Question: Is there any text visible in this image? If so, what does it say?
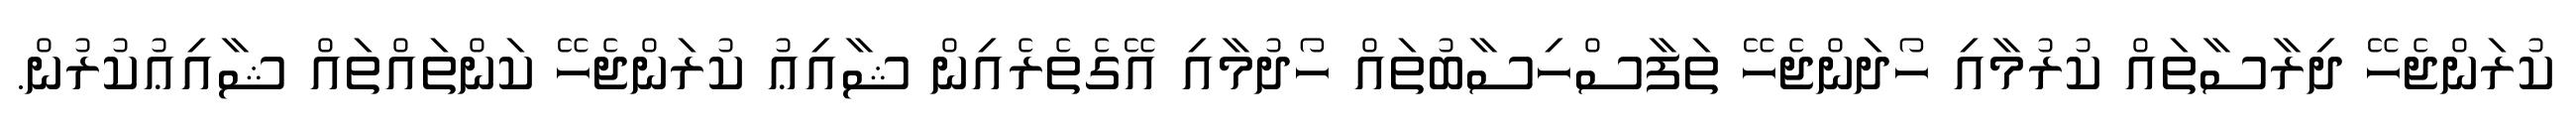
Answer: ކުރަންޖެހޭ ދިރާސާތައް ކުރުމާއި ހޯދަންޖެހޭ ތަފާސްހިސާބުތައް ހޯދުމާއި އޭގެތެރެއިން ޝާއިޢު ކުރަންޖެހޭ ކަންތައްތައް ޝާއިޢުކުރުން.